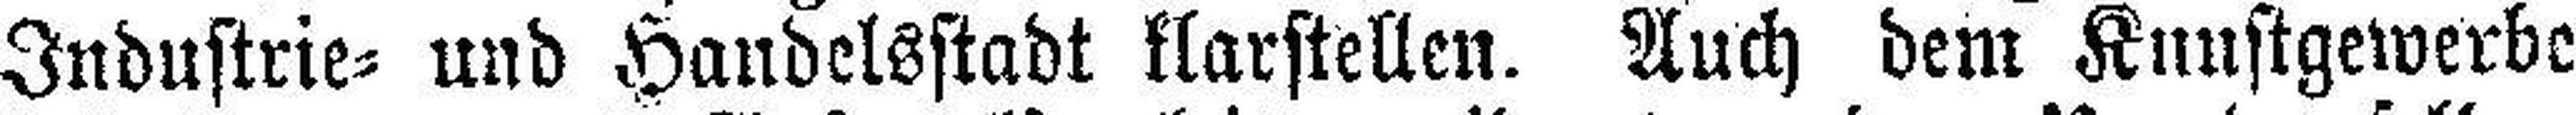
Industrie= und Handelsstadt klarstellen. Auch dem Kunstgewerbe